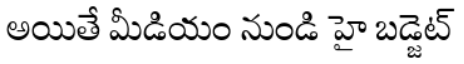
అయితే మీడియం నుండి హై బడ్జెట్